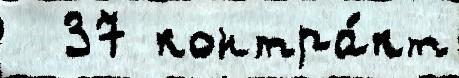
  37 контра́кт